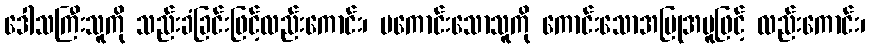
ဒေါသကြီးသူကို သည်းခံခြင်းဖြင့်လည်းကောင်း၊ မကောင်းသောသူကို ကောင်းသောအပြုအမူဖြင့် လည်းကောင်း၊